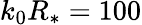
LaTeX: k_{0}R_{*}=100